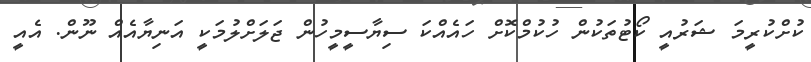
ކުށްކުރީމަ ޝަރުއީ ކޯޓުތަކުން ހުކުމްކޮށް ހައެއްކަ ސިޔާސީމީހުން ޖަލަށްލުމަކީ އަނިޔާއެއް ނޫން. އެއީ